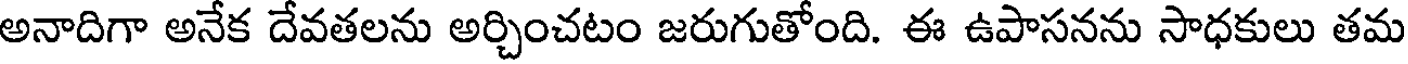
అనాదిగా అనేక దేవతలను అర్చించటం జరుగుతోంది. ఈ ఉపాసనను సాధకులు తమ